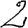
Digit: 2